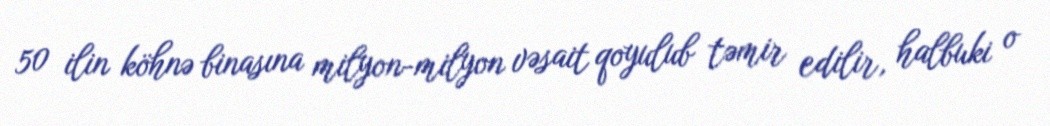
50 ilin köhnə binasına milyon-milyon vəsait qoyulub təmir edilir, halbuki o